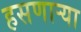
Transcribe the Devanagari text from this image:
हसणाऱ्या